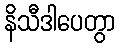
နိသီဒါပေတွာ